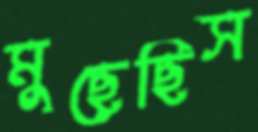
মুছেছিস